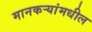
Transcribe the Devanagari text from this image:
मानकर्‍यांमधील